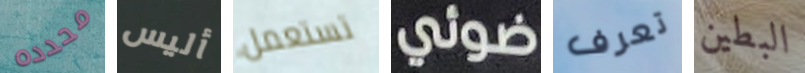
محدده أليس تستعمل ضوئي تعرف البطين